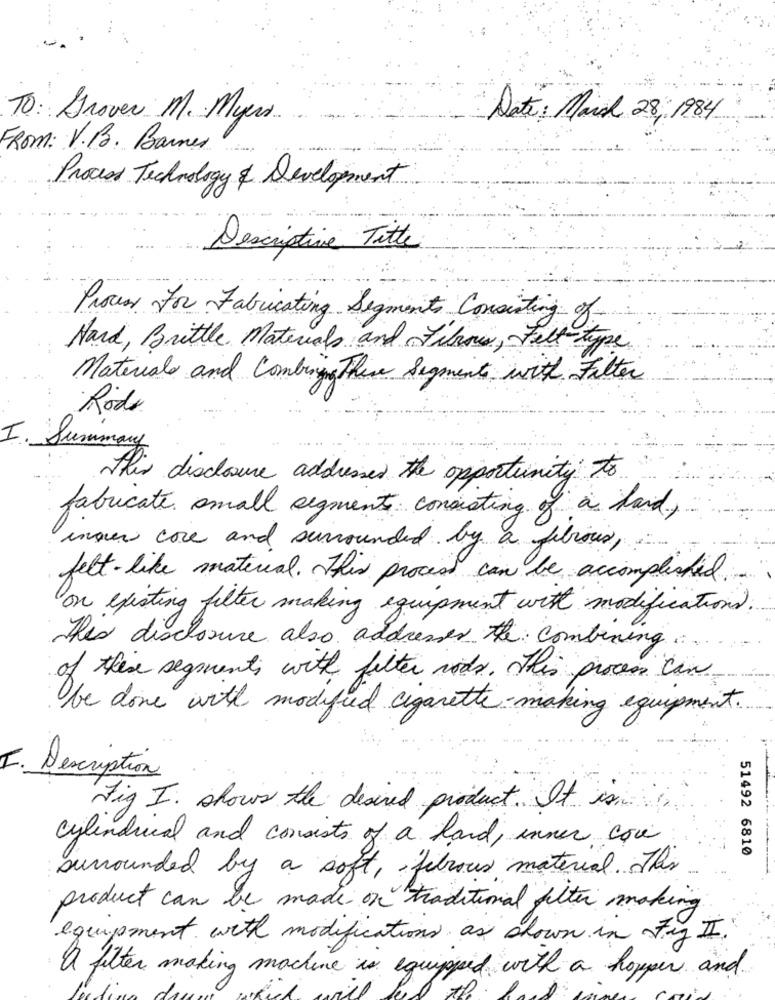
TO: Grover M. Myers.
Date: March 28, 1984
FROM: V.B. Banner
Process Technology & Development
Descriptive Titte
Process for Fabricating Segments Consisting of
Nard, Brittle Materials and Fibrous , Felt-type.
Materials and Combing There Segments with Filter
Rode
I. Summa
this disclosure addressed the opportunity to
fabucate small segments consisting of a daid,
inour core and surrounded by a fibrous,
felt like material. This process can be accomplished.
on existing filter making equipment with modifications.
This disclosure also addresses the combining ...
of these segments with filter vids. This process can
be done with modified cigarette-making equipment.
I .
Description
Fig I. shows the desired product. It is
cylindrical and consists of a land, inner cose
51492 6810
surrounded by a soft, fibrous material. This
product can be made on traditional filter making
equipment with modifications as shown in ty II.
a filter making machine is equipped with a hopper and